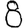
Digit: 8